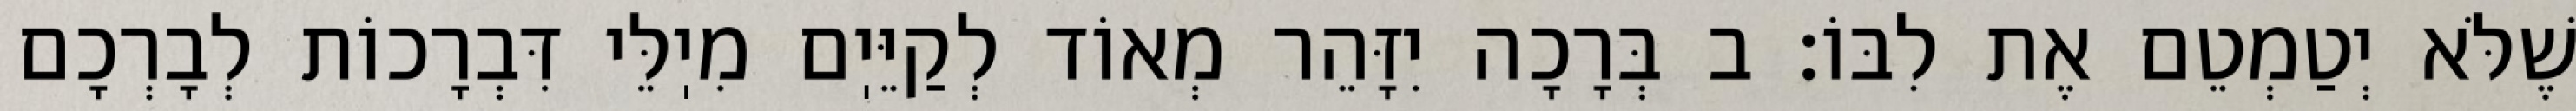
שֶׁלֹּא יְטַמְטֵם אֶת לִבּוֹ: ב בְּרָכָה יִזָּהֵר מְאוֹד לְקַיֵּיֽם מִיֽלֵּי דִּבְרָכוֹת לְבָרְכָם